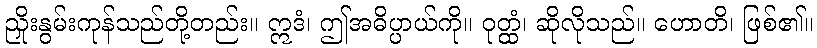
ညှိုးနွမ်းကုန်သည်တို့တည်း။ ဣဒံ၊ ဤအဓိပ္ပာယ်ကို။ ဝုတ္ထံ၊ ဆိုလိုသည်။ ဟောတိ၊ ဖြစ်၏။